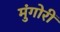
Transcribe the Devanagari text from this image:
मुंगोरीं